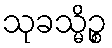
သုခသ္မိဉ္စ